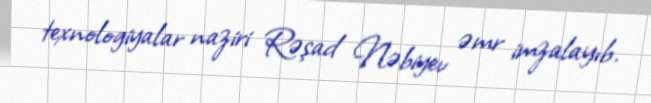
texnologiyalar naziri Rəşad Nəbiyev əmr imzalayıb.